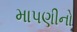
માપણીનો